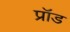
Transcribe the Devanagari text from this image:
प्रॉड